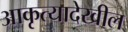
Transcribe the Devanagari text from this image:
आकृत्यादेखील